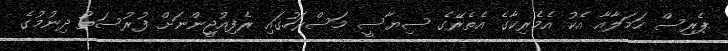
ޕެރިސް ހަމަލާއާ އެކު އެމެރިކާގެ އެތެރޭގެ ސިޔާސީ މަސްރަހުގައި ރެފިއުޖީންނަށް ފުރުސަތު ދިނުމުގެ